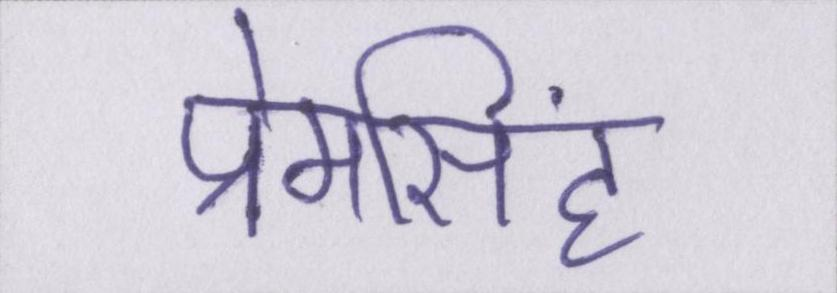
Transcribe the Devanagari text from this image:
प्रेमसिंह